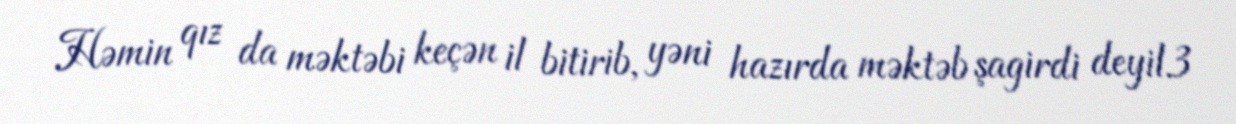
Həmin qız da məktəbi keçən il bitirib, yəni hazırda məktəb şagirdi deyil.3